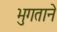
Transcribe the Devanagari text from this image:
भुगताने